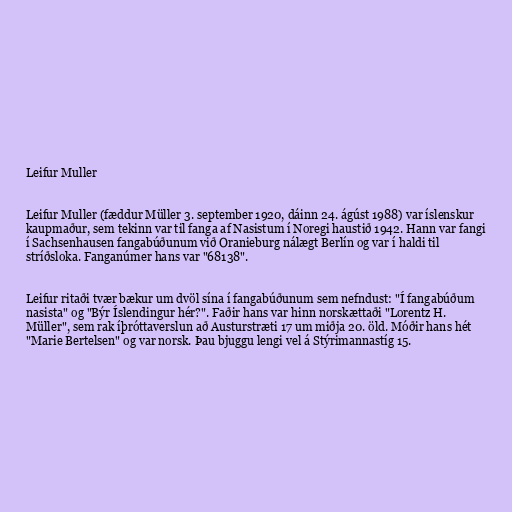
Leifur Muller

Leifur Muller (fæddur Müller 3. september 1920, dáinn 24. ágúst 1988) var íslenskur
kaupmaður, sem tekinn var til fanga af Nasistum í Noregi haustið 1942. Hann var fangi
í Sachsenhausen fangabúðunum við Oranieburg nálægt Berlín og var í haldi til
stríðsloka. Fanganúmer hans var "68138".

Leifur ritaði tvær bækur um dvöl sína í fangabúðunum sem nefndust: "Í fangabúðum
nasista" og "Býr Íslendingur hér?". Faðir hans var hinn norskættaði "Lorentz H.
Müller", sem rak íþróttaverslun að Austurstræti 17 um miðja 20. öld. Móðir hans hét
"Marie Bertelsen" og var norsk. Þau bjuggu lengi vel á Stýrimannastíg 15.